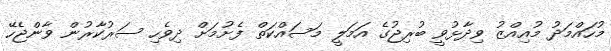
މުހައްމަދު މުއިއްޒު ވިދާޅުވީ ބުރިޖުގެ އަމަލީ މަސައްކަތް ފެށުމަށް ދިވެހި ސަރުކާރުން ވާންޖެހޭ